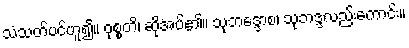
သံသတ်ပင်ဟူ၍။ ဝုစ္စတိ၊ ဆိုအပ်၏။ သုဘဒ္ဒောစ၊ သုဘဒ္ဒလည်းကောင်း။